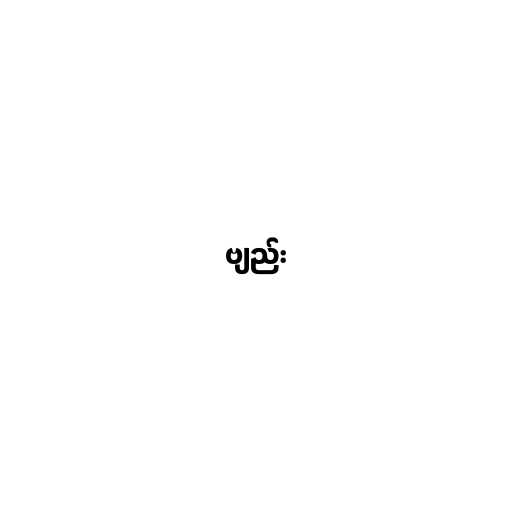
ဗျည်း